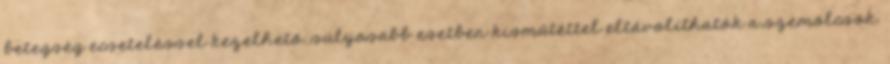
betegség ecseteléssel kezelhető, súlyosabb esetben kisműtéttel eltávolíthatók a szemölcsök.